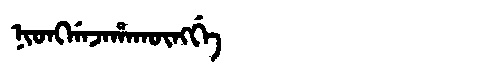
Manchu: ᠨᡳᠣᠩᡤᠠᠵᠠᡥᠠᡴᡡᠩᡤᡝ
Romanization: NIONGGAJAHAKŪNGGE